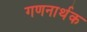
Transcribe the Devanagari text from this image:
गणनार्थक